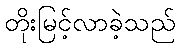
တိုးမြင့်လာခဲ့သည်